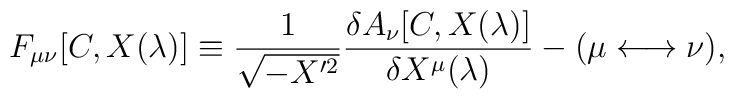
F_{\mu\nu}[C,X(\lambda)]\equiv{1\over\sqrt{-X'^2}}{\delta A_{\nu}[C,X(\lambda)]\over\delta X^\mu(\lambda)}-(\mu\longleftrightarrow\nu),